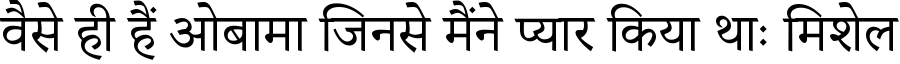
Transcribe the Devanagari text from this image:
वैसे ही हैं ओबामा जिनसे मैंने प्यार किया थाः मिशेल